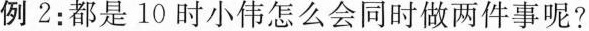
例2：都是10时小伟怎么会同时做两件事呢?